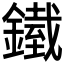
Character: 𨬿